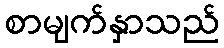
စာမျက်နှာသည်